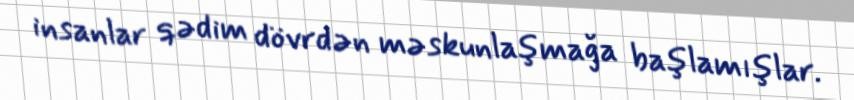
insanlar qədim dövrdən məskunlaşmağa başlamışlar.